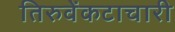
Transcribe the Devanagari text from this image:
तिरुवेंकटाचारी